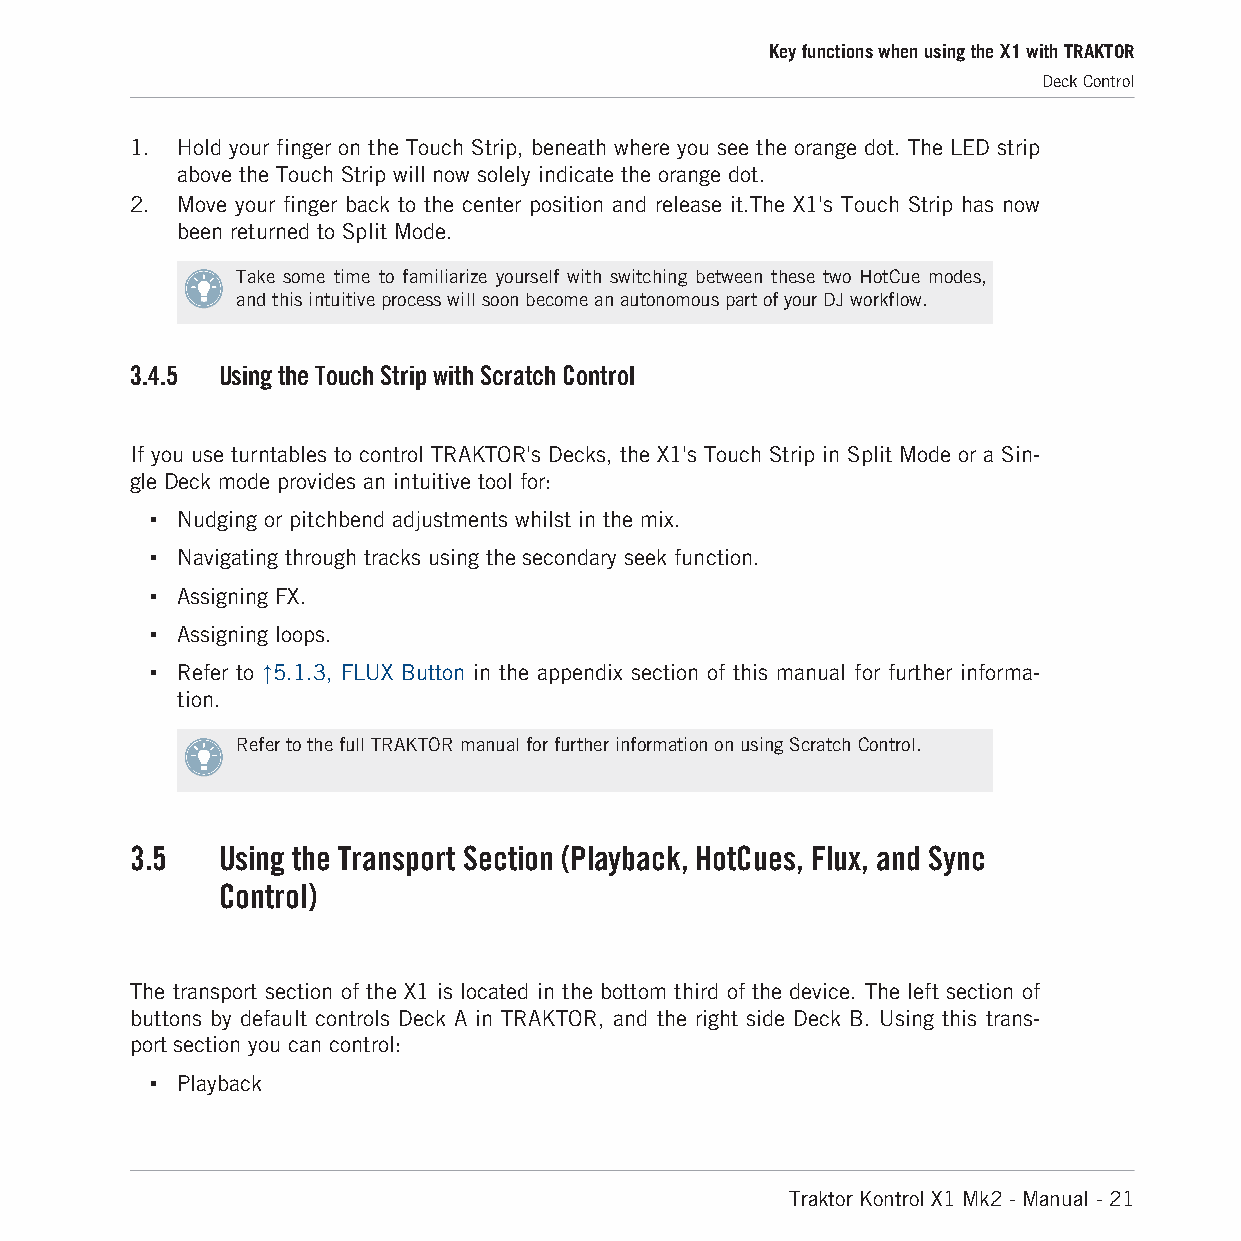
Key functions when using the X1 with TRAKTOR
 Deck Control
 1. Hold your finger on the Touch Strip, beneath where you see the orange dot. The LED strip
 above the Touch Strip will now solely indicate the orange dot.
 2. Move your finger back to the center position and release it.The X1's Touch Strip has now
 been returned to Split Mode.
 Take some time to familiarize yourself with switching between these two HotCue modes,
 and this intuitive process will soon become an autonomous part of your DJ workflow.
 3.4.5 Using the Touch Strip with Scratch Control
 If you use turntables to control TRAKTOR's Decks, the X1's Touch Strip in Split Mode or a Sin-
 gle Deck mode provides an intuitive tool for:
 ▪ Nudging or pitchbend adjustments whilst in the mix.
 ▪ Navigating through tracks using the secondary seek function.
 ▪ Assigning FX.
 ▪ Assigning loops.
 ▪ Refer to ↑5.1.3, FLUX Button in the appendix section of this manual for further informa-
 tion.
 Refer to the full TRAKTOR manual for further information on using Scratch Control.
 3.5  Using the Transport Section (Playback, HotCues, Flux, and Sync
 Control)
 The transport section of the X1 is located in the bottom third of the device. The left section of
 buttons by default controls Deck A in TRAKTOR, and the right side Deck B. Using this trans-
 port section you can control:
 ▪ Playback
 Traktor Kontrol X1 Mk2 - Manual - 21